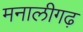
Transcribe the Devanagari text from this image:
मनालीगढ़